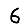
Digit: 6